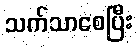
သက်သာစေပြီး